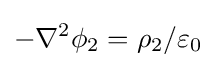
-\nabla ^{2}\phi _{2}=\rho _{2}/\varepsilon _{0}